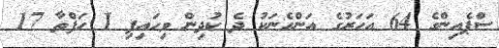
ސްޕެއިންގެ 64 އަހަރުގެ އަންހެނަކު ދެ ކުދިން ވިހައިފި 1 ހަފްތާ 17